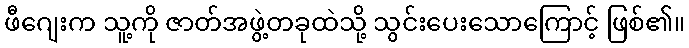
ဖီဂျေးက သူ့ကို ဇာတ်အဖွဲ့တခုထဲသို့ သွင်းပေးသောကြောင့် ဖြစ်၏။